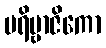
ပရိဗ္ဗာဇိကော